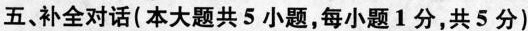
五 补全对话(本大题共 5 小题,每小题 1分,共5分)